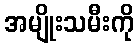
အမျိုးသမီးကို